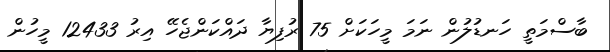
ބާސްމަތީ ހަނޑުލުން ނަމަ މީހަކަށް 75 ރުފިޔާ ދައްކަންޖެހޭ އިރު 12433 މީހުން